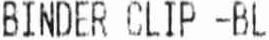
BINDER CLIP -BL